Insane asylums in Bengal annual reports 1867-1875 - 1867-1875
Year: 1867
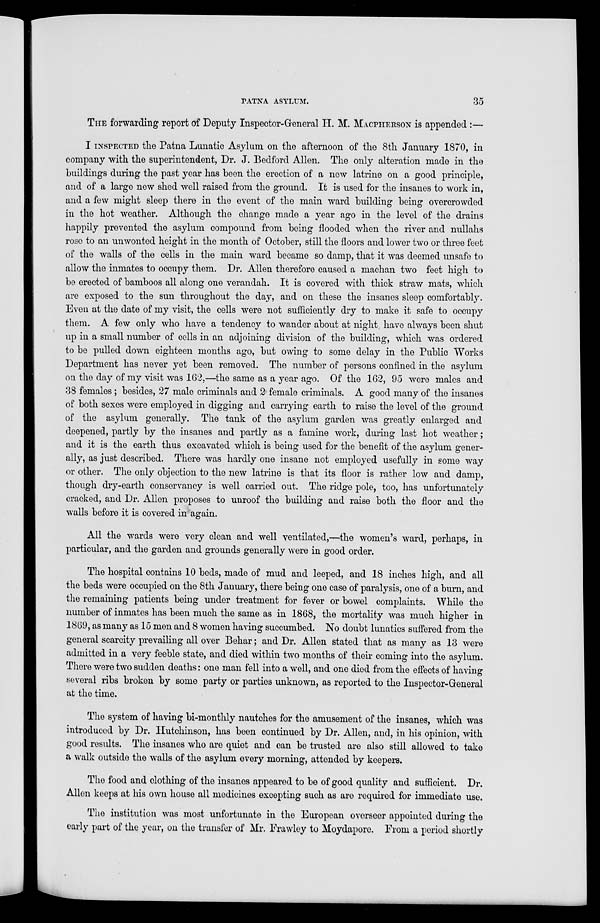
PATNA ASYLUM.
35
THE forwarding report of Deputy Inspector-Greneral H. M. MACPHERSON is appended :—
I INSPECTED the Patna Lunatic Asylum on the afternoon of the 8th January 1870, in
company with the superintendent, Dr. J. Bedford Allen. The only alteration made in the
buildings during the past year has been the erection of a new latrine on a good principle,
and of a large new shed well raised from the ground. It is used for the insanes to work in,
and a few might sleep there in the event of the main ward building being overcrowded
in the hot weather. Although the change made a year ago in the level of the drains
happily prevented the asylum compound from being flooded when the river and nullahs
rose to an unwonted height in the month of October, still the floors and lower two or three feet
of the walls of the cells in the main ward became so damp, that it was deemed unsafe to
allow the inmates to occupy them. Dr. Allen therefore caused a machan two feet high to
be erected of bamboos all along one verandah. It is covered with thick straw mats, which
are exposed to the sun throughout the day, and on these the insanes sleep comfortably.
Even at the date of my visit, the cells were not sufficiently dry to make it safe to occupy
them. A few only who have a tendency to wander about at night have always been shut
up in a small number of cells in an adjoining division of the building, which was ordered
to be pulled down eighteen months ago, but owing to some delay in the Public Works
Department has never yet been removed. The number of persons confined in the asylum
on the day of my visit was 162,—the same as a year ago. Of the 162, 95 were males and
38 females ; besides, 27 male criminals and 2 female criminals. A good many of the insanes
of both sexes were employed in digging and carrying earth to raise the level of the ground
of the asylum generally. The tank of the asylum garden was greatly enlarged and
deepened, partly by the insanes and partly as a famine work, during last hot weather ;
and it is the earth thus excavated which is being used for the benefit of the asylum gener-
ally, as just described. There was hardly one insane not employed usefully in some way
or other. The only objection to the new latrine is that its floor is rather low and damp,
though dry-earth conservancy is well carried out. The ridge pole, too, has unfortunately
cracked, and Dr. Allen proposes to unroof the building and raise both the floor and the
walls before it is covered in again.
All the wards were very clean and well ventilated,—the women's ward, perhaps, in
particular, and the garden and grounds generally were in good order.
The hospital contains 10 beds, made of mud and leeped, and 18 inches high, and all
the beds were occupied on the 8th January, there being one case of paralysis, one of a burn, and
the remaining patients being under treatment for fever or bowel complaints. While the
number of inmates has been much the same as in 1868, the mortality was much higher in
1869, as many as 15 men and 8 women having succumbed. No doubt lunatics suffered from the
general scarcity prevailing all over Behar ; and Dr. Allen stated that as many as 13 were
admitted in a very feeble state, and died within two months of their coming into the asylum.
There were two sudden deaths : one man fell into a well, and one died from the effects of having
several ribs broken by some party or parties unknown, as reported to the Inspector-General
at the time.
The system of having bi-monthly nautches for the amusement of the insanes, which was
introduced by Dr. Hutchinson, has been continued by Dr. Allen, and, in his opinion, with
good results. The insanes who are quiet and can be trusted are also still allowed to take
a walk outside the walls of the asylum every morning, attended by keepers.
The food and clothing of the insanes appeared to be of good quality and sufficient. Dr.
Allen keeps at his own house all medicines excepting such as are required for immediate use.
The institution was most unfortunate in the European overseer appointed during the
early part of the year, on the transfer of Mr. Frawley to Moydapore. From a period shortly